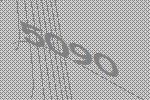
5090